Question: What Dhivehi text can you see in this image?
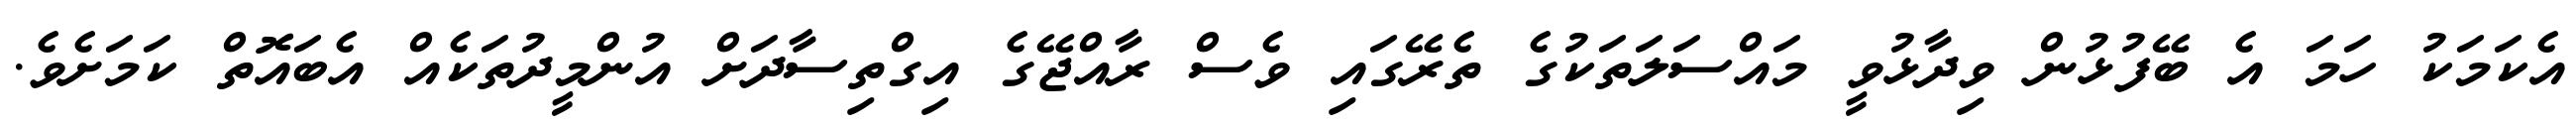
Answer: އެކަމަކު ހަމަ އެ ބޭފުޅުން ވިދާޅުވީ މައްސަލަތަކުގެ ތެރޭގައި ވެސް ރާއްޖޭގެ އިގްތިސާދަށް އުންމީދުތަކެއް އެބައޮތް ކަމަށެވެ.